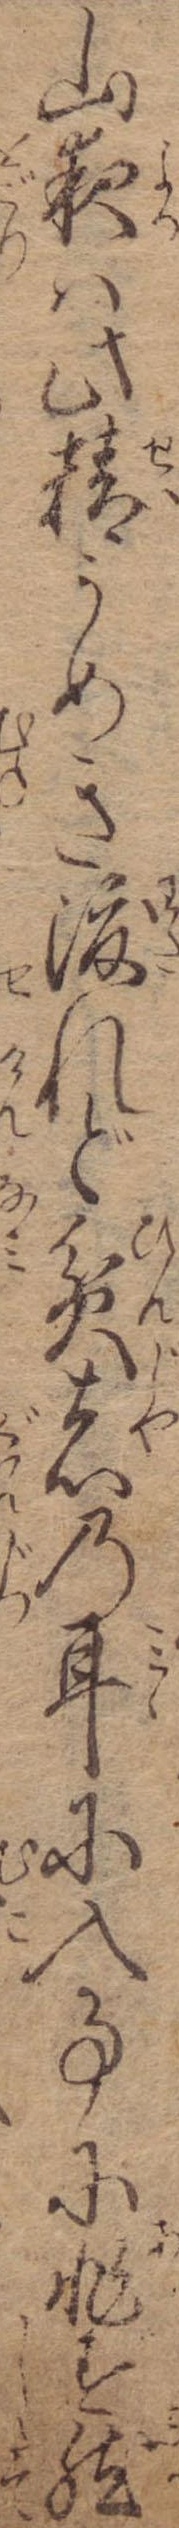
山夜は此精うめき渡れど貧者の耳に入事に非ず然